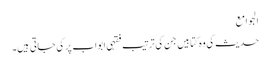
الجوامع
حدیث کی وہ کتابیں جن کی ترتیب فقہی ابواب پر کی جاتی ہیں۔